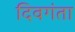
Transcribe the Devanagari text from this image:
दिवगंता